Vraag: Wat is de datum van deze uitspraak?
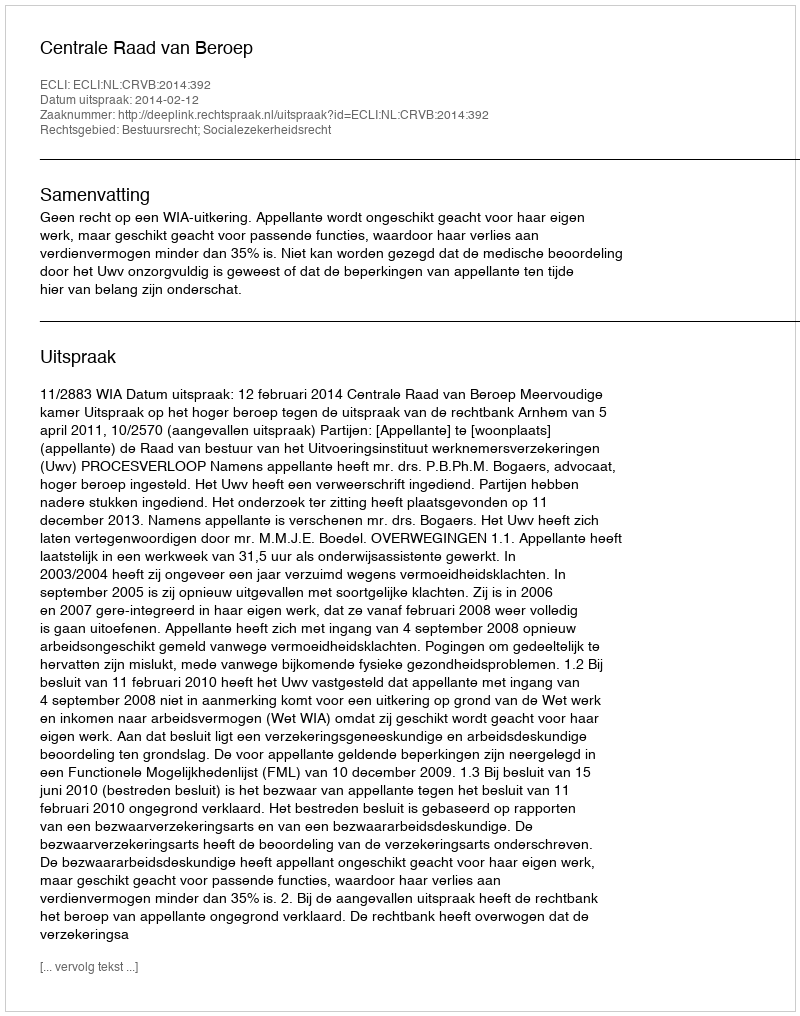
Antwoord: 2014-02-12